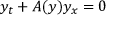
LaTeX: y _ { t } + A ( y ) y _ { x } = 0